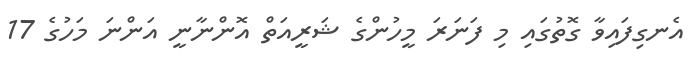
އެނގިފައިވާ ގޮތުގައި މި ފަނަރަ މީހުންގެ ޝަރީއަތް އޮންނާނީ އަންނަ މަހުގެ 17